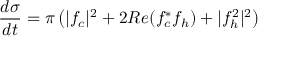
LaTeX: { \frac { d \sigma } { d t } } = \pi \left( | f _ { c } | ^ { 2 } + 2 R e ( f _ { c } ^ { * } f _ { h } ) + | f _ { h } ^ { 2 } | ^ { 2 } \right)